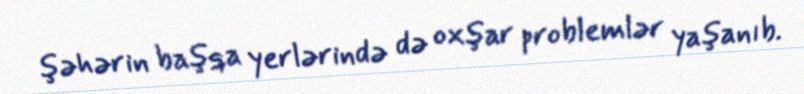
şəhərin başqa yerlərində də oxşar problemlər yaşanıb.